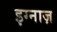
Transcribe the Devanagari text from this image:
इग्नाज़